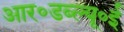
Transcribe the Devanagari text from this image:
आर॰डब्ल्यू॰ई